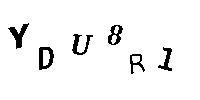
YDU8R1